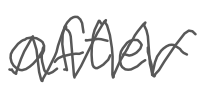
Text: after
Cross-out: zig-zag
Writing tool: digital_gray